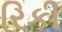
રિકી